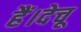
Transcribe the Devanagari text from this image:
हैं।देचू